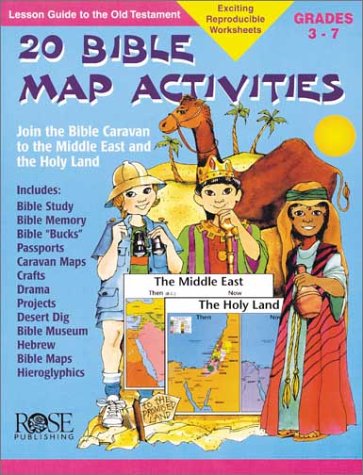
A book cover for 20 Bible Map Activities (Make Learning Fun!); Rose Publishing; Christian Books & Bibles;